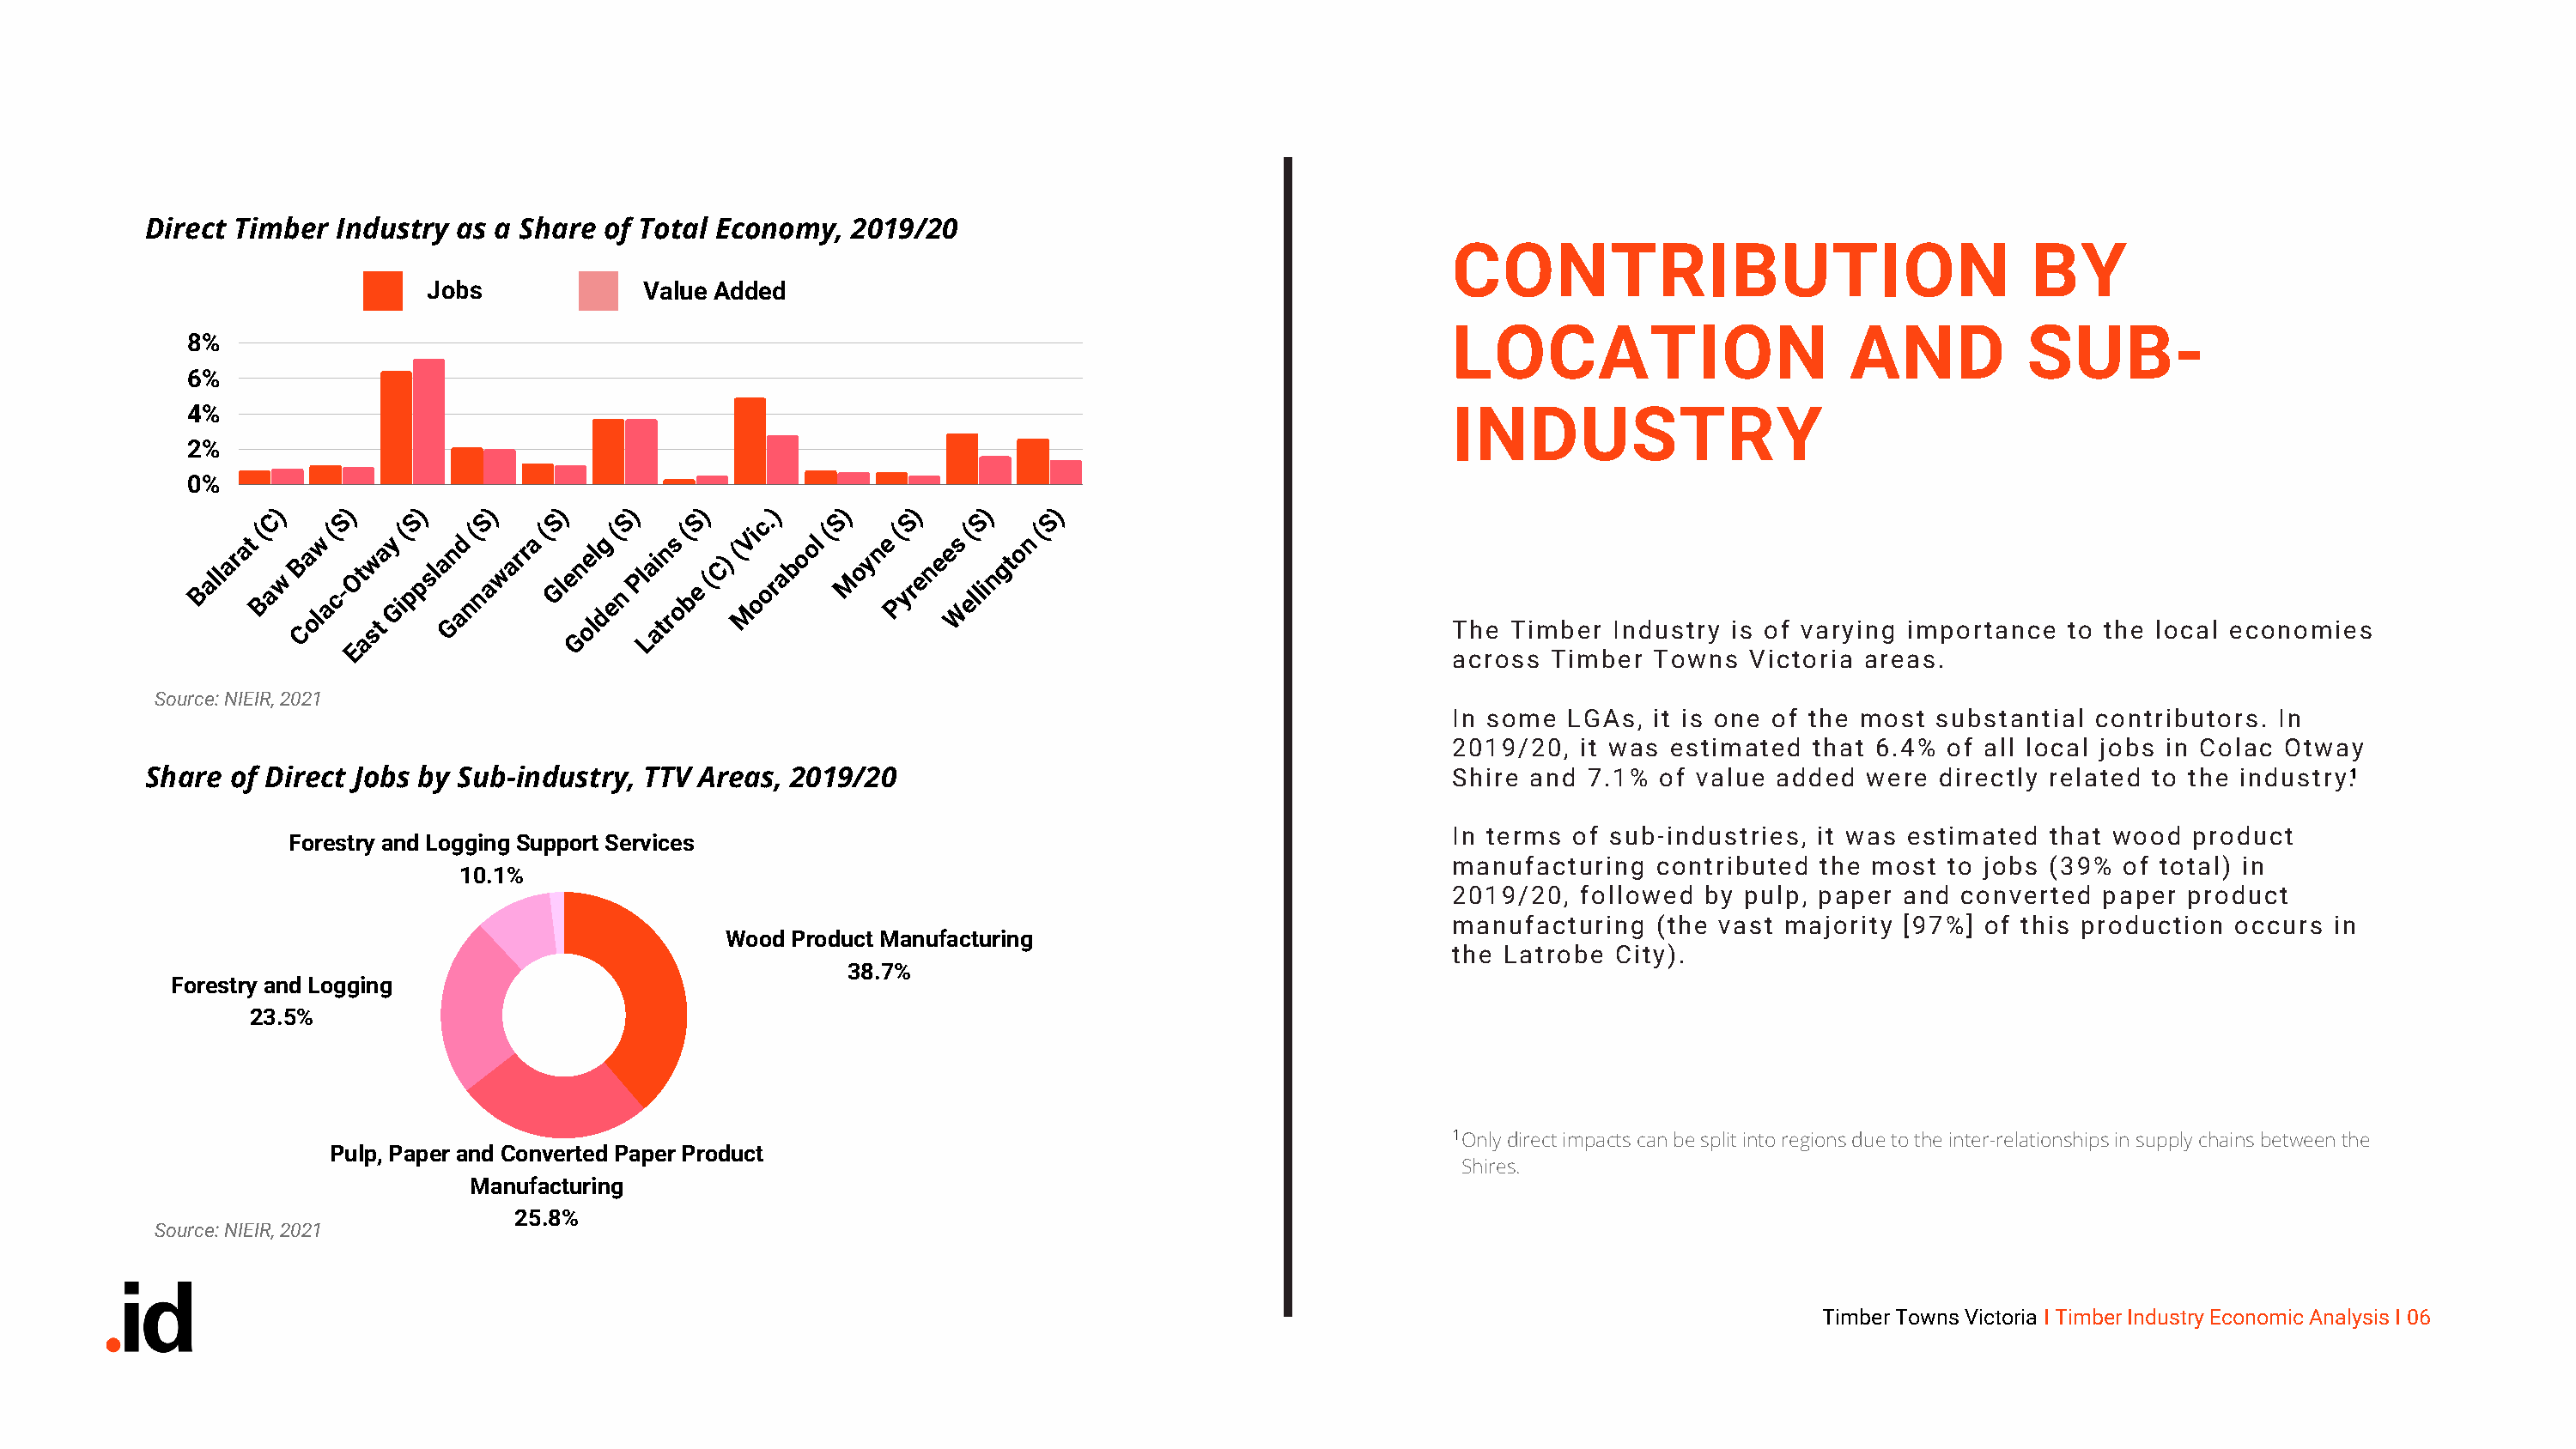
Direct Timber  Industry as a Share  of Total Economy,  2019/20
 CONTRIBUTION                                 BY
 Jobs             Value Added
 LOCATION                       AND          SUB-
 8%
 6%
 4%                                                                                                INDUSTRY
 2%
 0%
 )     )    )     )    )    )     )    )     )    )     )    )
 C    S     S    S    S     S    S    c.    S     S    S     S
 Ballarat
 (
 Baw
 B Ca
 olw
 a(
 c-Ot
 sw
 t
 ay
 G
 i(
 ppsla Gn
 ad
 n(
 nawarra
 (
 Glen oe ll
 dg
 e(
 n
 Pla ai tn
 rs
 o
 (
 be
 (C) (
 MVi
 oorabool
 (
 M
 oyne
 P(
 yrenees
 W
 (
 ellington
 (
 The Timber  Industry is of varying importance  to the local economies
 a               G     L
 E
 across  Timber Towns   Victoria areas.
 Source: NIEIR, 2021
 In some  LGAs, it is one of the most substantial  contributors. In
 2019/20,  it was estimated  that 6.4% of all local jobs in Colac Otway
 Share  of Direct Jobs by Sub-industry, TTV Areas, 2019/20                                            Shire and 7.1%  of value added  were directly related to the industry.1
 In terms of sub-industries, it was estimated  that wood  product
 Forestry and Logging Support Services
 manufacturing   contributed the most  to jobs (39%  of total) in
 10.1%
 2019/20,  followed by pulp, paper  and converted  paper  product
 manufacturing   (the vast majority [97%] of this production occurs  in
 Wood Product Manufacturing
 the Latrobe  City).
 38.7%
 Forestry and Logging
 23.5%
 1Only direct impacts can be split into regions due to the inter-relationships in supply chains between the
 Pulp, Paper and Converted Paper Product
 Shires.
 Manufacturing
 25.8%
 Source: NIEIR, 2021
 Timber Towns Victoria I Timber Industry Economic Analysis I 06